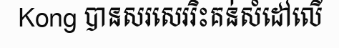
Kong បានសរសេររិះគន់សំដៅលើ